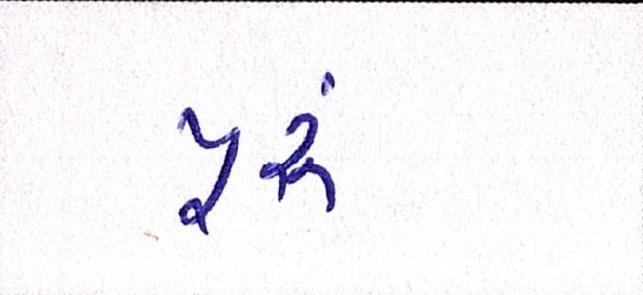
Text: પૂ્રું